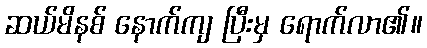
ဆယ်မိနစ် နောက်ကျ ပြီးမှ ရောက်လာ၏။